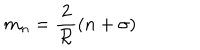
m _ { n } = \frac { 2 } { { \cal R } } ( n + \sigma )